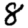
Digit: 8